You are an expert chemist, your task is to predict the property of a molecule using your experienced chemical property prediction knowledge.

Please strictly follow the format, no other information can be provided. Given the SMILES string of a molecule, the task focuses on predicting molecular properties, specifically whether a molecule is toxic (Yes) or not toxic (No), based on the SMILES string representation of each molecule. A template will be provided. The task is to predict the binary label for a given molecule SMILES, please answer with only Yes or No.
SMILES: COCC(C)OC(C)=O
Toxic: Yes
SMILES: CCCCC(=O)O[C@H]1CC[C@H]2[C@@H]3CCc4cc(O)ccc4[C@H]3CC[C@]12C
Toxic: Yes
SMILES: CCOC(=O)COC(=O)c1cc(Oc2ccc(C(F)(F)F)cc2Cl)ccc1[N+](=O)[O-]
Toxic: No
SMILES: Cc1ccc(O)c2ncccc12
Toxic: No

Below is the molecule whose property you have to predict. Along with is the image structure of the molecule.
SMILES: COC(=O)c1ccccc1Cl
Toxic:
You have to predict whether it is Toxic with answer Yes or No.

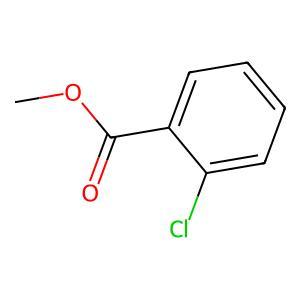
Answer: No